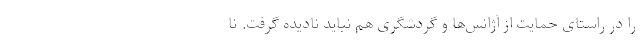
را در راستای حمایت از آژانس‌ها و گردشگری هم نباید نادیده گرفت. نا